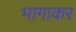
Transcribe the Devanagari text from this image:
भागाकर